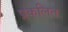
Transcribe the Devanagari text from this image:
प्रकलित